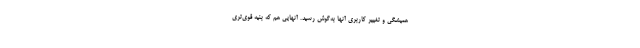
همیشگی و تغییر کاربری آنها به‌گوش رسید. آنهایی هم که بنیه قوی‌تری